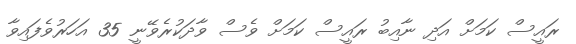
ރައީސް ކަމަށް އަދި ނާއިބު ރައީސް ކަމަށް ވެސް ވާދަކުރެވޭނީ 35 އަހަރުވެފައިވާ